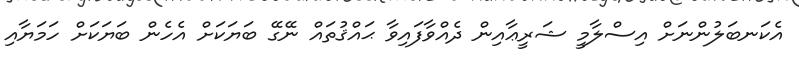
އެކަނބަލުންނަށް އިސްލާމީ ޝަރީޢާއިން ދެއްވާފައިވާ ޙައްޤުތައް ނޭގޭ ބަޔަކަށް އެހެން ބަޔަކަށް ހަމަޔާއި